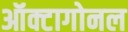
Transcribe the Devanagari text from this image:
ऑक्टागोनल